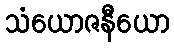
သံယောဇနီယော